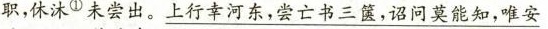
职，休沐^{①}未尝出。\underline{上行幸河东，尝亡书三箧，诏问莫能知，唯安